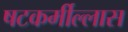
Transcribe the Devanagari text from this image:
षटकर्मील्लास